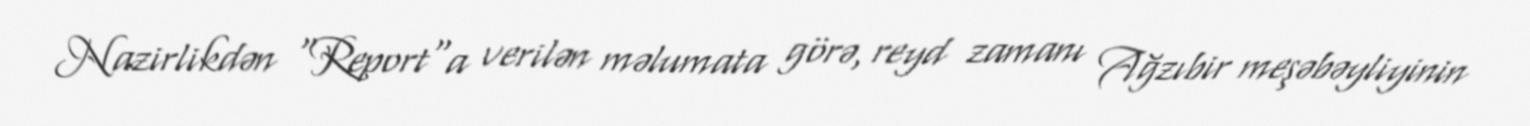
Nazirlikdən "Report"a verilən məlumata görə, reyd zamanı Ağzıbir meşəbəyliyinin